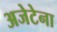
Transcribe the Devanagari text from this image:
अजेटेना